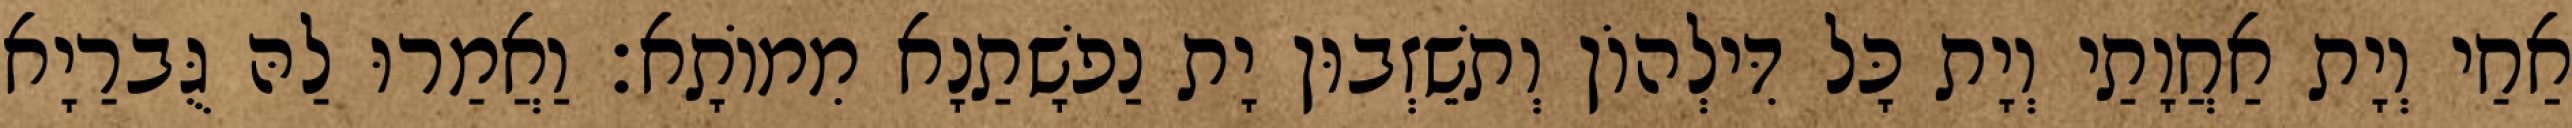
אַחַי וְיָת אַחֲוָתַי וְיָת כָּל דִּילְהוֹן וְתשֵׁזְבוּן יָת נַפשָׁתַנָא מִמוֹתָא׃ וַאֲמַרוּ לַהּ גֻּברַיָא